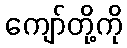
ကျော်တို့ကို